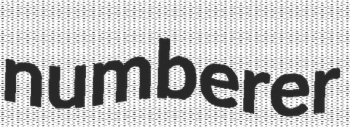
numberer